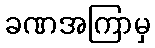
ခဏအကြာမှ